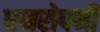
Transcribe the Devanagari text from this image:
धनरोपनी